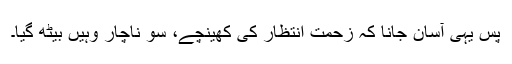
پس یہی آسان جانا کہ زحمت انتظار کی کھینچے، سو ناچار وہیں بیٹھ گیا۔